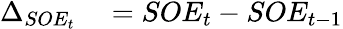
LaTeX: \begin{array}{rl}{\Delta_{SOE_{t}}}&{{}=SOE_{t}-SOE_{t-1}}\end{array}